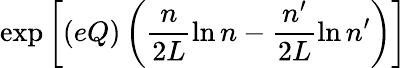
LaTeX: \exp\left[(eQ)\left(\frac{n}{2L}\ln{n}-\frac{n^{\prime}}{2L}\ln{n^{\prime}}\right)\right]